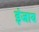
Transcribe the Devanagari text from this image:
इंजाय